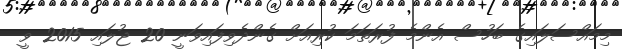
މިމައްސަލައިގެ ބަހުސް އެންމެ ފުރަތަމަ ކުރިއަށް ގެންދެވިފައިވަނީ 20 ޖުލައި 2015 ވީ